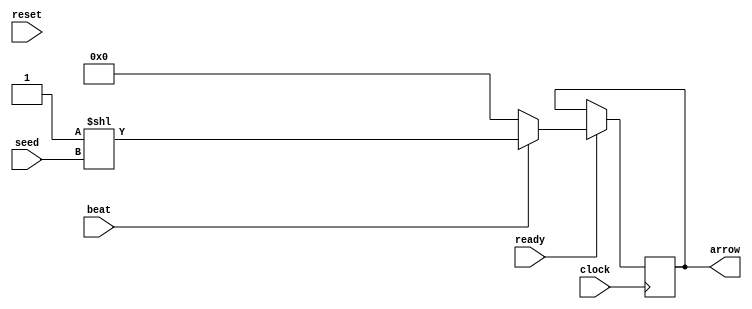
`timescale 1ns / 1ps
//////////////////////////////////////////////////////////////////////////////////
// Company: 
// Engineer: 
// 
// Design Name: 
// Module Name:    step_synth 
// Project Name: 
// Target Devices: 
// Tool versions: 
// Description: 
//
// Dependencies: 
//
// Revision: 
// Revision 0.01 - File Created
// Additional Comments: 
//
//////////////////////////////////////////////////////////////////////////////////
module step_synth(
    input clock,
    input reset,
    input ready,
    input beat,
    input [1:0] seed,
    output reg [3:0] arrow
    );

   always @(posedge clock) begin
      if (ready) begin
	 if (beat) arrow <= 4'b1 << seed;
	 else arrow <= 4'b0000;
      end
   end

endmodule